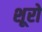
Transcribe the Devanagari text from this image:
शूरो